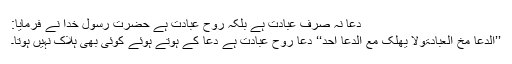
دعا نہ صرف عبادت ہے بلکہ روح عبادت ہے حضرت رسول خداؐ نے فرمایا:
’’الدعا مخ العبادۃولا یھلک مع الدعا احد‘‘ دعا روح عبادت ہے دعا کے ہوتے ہوئے کوئی بھی ہلاک نہیں ہوتا۔